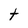
Character: t